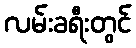
လမ်းခရီးတွင်